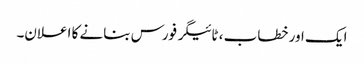
ایک اور خطاب ، ٹائیگر فورس بنانے کا اعلان۔